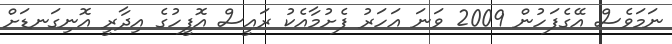
ނަމަވެސް އޭގެފަހުން 2009 ވަނަ އަހަރު ފެށުމާއެކު ރައީސް އޮފީހުގެ އިދާރީ އޮނިގަނޑަށް